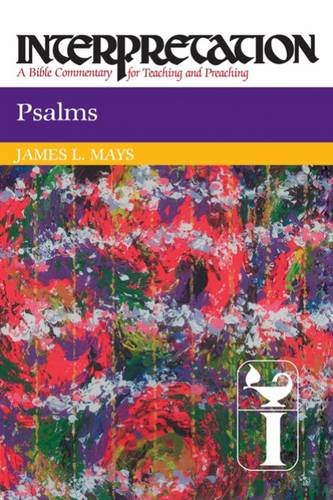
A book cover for Psalms: Interpretation: A Bible Commentary for Teaching and Preaching; James Luther Mays; Christian Books & Bibles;